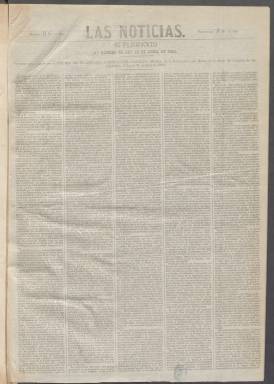
Título: Las Noticias (Madrid. 1864)
Colección: Periódicos
Ámbito geográfico: Madrid
Lugar de publicación: Madrid
Fechas: 12/04/1864-08/04/1866